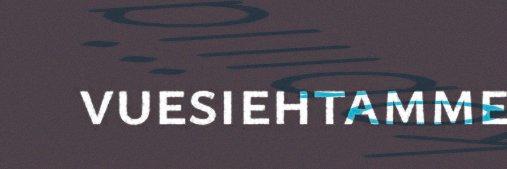
vuesiehtamme